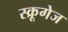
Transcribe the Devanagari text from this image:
स्क्रूगेज